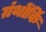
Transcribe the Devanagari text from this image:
ग्रंथोंकिं